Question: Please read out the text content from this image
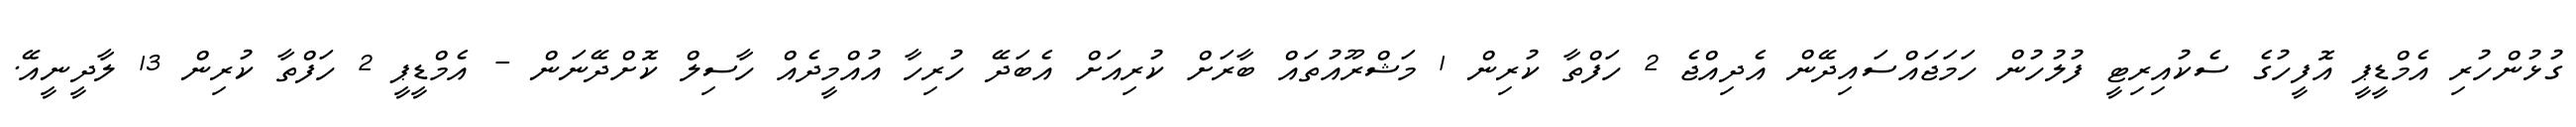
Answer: ގުޅުންހުރި އެމްޑީޕީ އޮފީހުގެ ސެކުއިރިޓީ ފުލުހުން ހަމަޖައްސައިދޭން އެދިއްޖެ 2 ހަފްތާ ކުރިން 1 މަޝްރޫއުތައް ބާރަށް ކުރިއަށް އެބަދޭ ހުރިހާ އުއްމީދެއް ހާސިލް ކޮށްދޭނަން - އެމްޑީޕީ 2 ހަފްތާ ކުރިން 13 ލާދީނީއޭ.